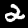
Label: 2